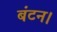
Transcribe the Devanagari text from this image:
बंटन।